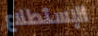
الإستطلاع